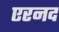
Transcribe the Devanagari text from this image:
एरनद